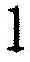
1